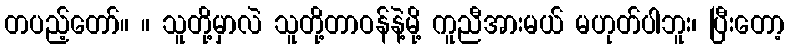
တပည့်တော်။ ။ သူတို့မှာလဲ သူတို့တာဝန်နဲ့မို့ ကူညီအားမယ် မဟုတ်ပါဘူး၊ ပြီးတော့